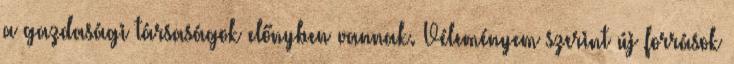
a gazdasági társaságok előnyben vannak. Véleményem szerint új források